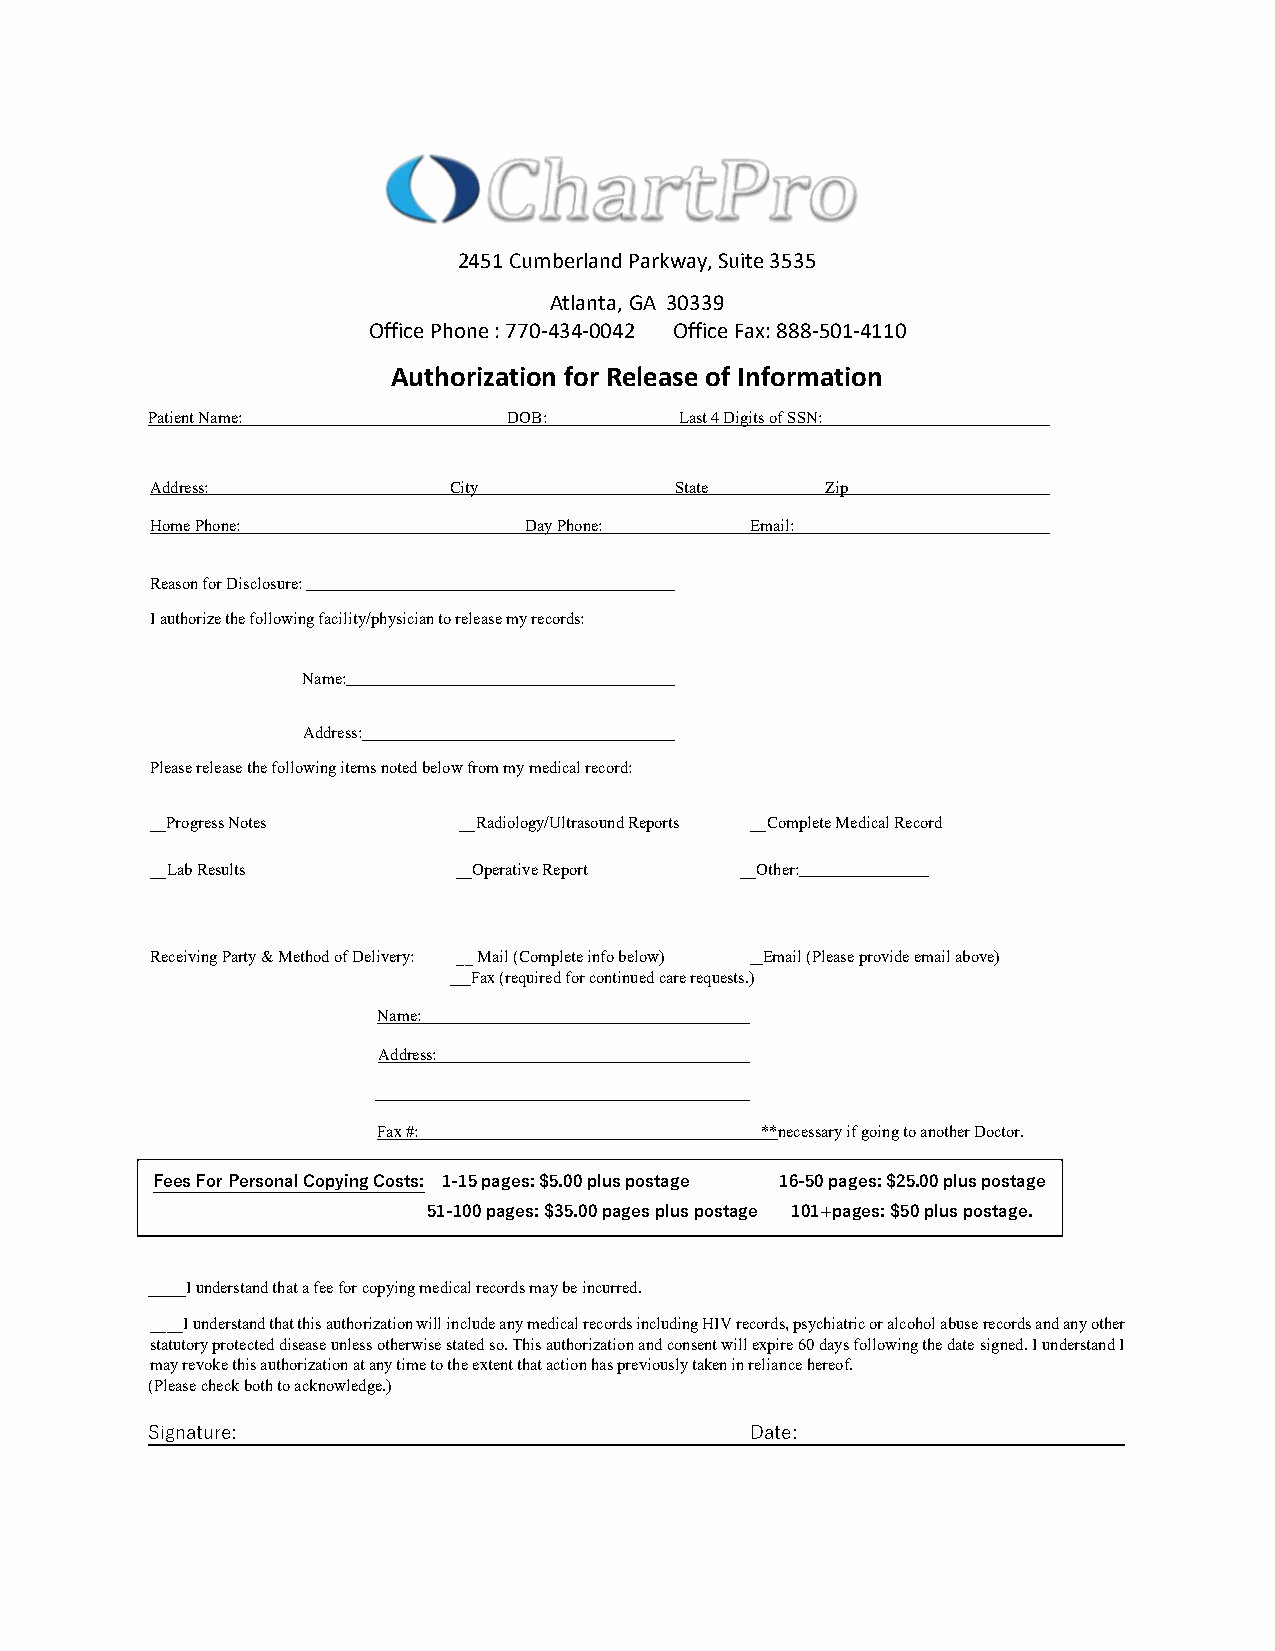
2451 Cumberland Parkway, Suite 3535
 Atlanta, GA 30339
 Office Phone : 770-434-0042 Office Fax: 888-501-4110
 Authorization for Release of Information
 Patient Name:           DOB:       Last 4 Digits of SSN:
 Address:            City           State     Zip
 Home Phone:              Day Phone:     Email:
 Reason for Disclosure:
 I authorize the following facility/physician to release my records:
 Name:
 Address:
 Please release the following items noted below from my medical record:
 __Progress Notes    __Radiology/Ultrasound Reports __Complete Medical Record
 __Lab Results       __Operative Report __Other:
 Receiving Party & Method of Delivery: __ Mail (Complete info below) Email (Please provide email above)
 Fax (required for continued care requests.)
 Name:
 Address:
 Fax #:                   **necessary if going to another Doctor.
 Fees For Personal Copying Costs: 1-15 pages: $5.00 plus postage 16-50 pages: $25.00 plus postage
 51-100 pages: $35.00 pages plus postage 101+pages: $50 plus postage.
 ____I understand that a fee for copying medical records may be incurred.
 ____I understand that this authorization will include any medical records including HIV records, psychiatric or alcohol abuse records and any other
 statutory protected disease unless otherwise stated so. This authorization and consent will expire 60 days following the date signed. I understand I
 may revoke this authorization at any time to the extent that action has previously taken in reliance hereof.
 (Please check both to acknowledge.)
 Signature:                              Date: